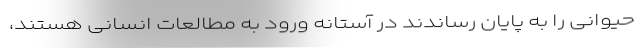
حیوانی را به پایان رساندند در آستانه ورود به مطالعات انسانی هستند،